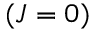
( J = 0 )